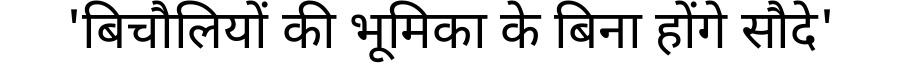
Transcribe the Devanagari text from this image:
'बिचौलियों की भूमिका के बिना होंगे सौदे'